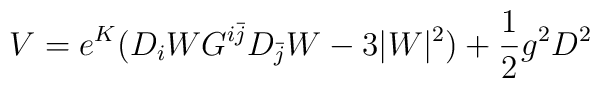
V = e^{K}(D_{i}W G^{i\bar j}D_{\bar j}W - 3 \vert W \vert^{2}) + {1\over 2}g^{2}D^{2}